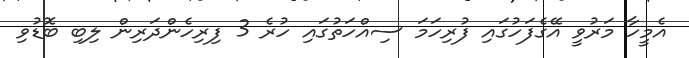
އެމީހާ މަރުވީ އޭގެފަހުގައި ފުރިހަމަ ސިއްހަތުގައި ހުރެ 3 ފިރިހެންދަރިން ލިބި ބޮޑުވި